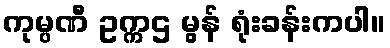
ကုမ္ပဏီ ဥက္ကဌ မွန် ရုံးခန်းကပါ။